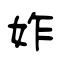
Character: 妰